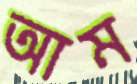
আম